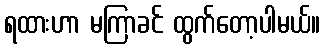
ရထားဟာ မကြာခင် ထွက်တော့ပါမယ်။